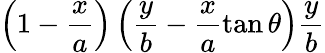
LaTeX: \displaystyle\left(1-\frac{x}{a}\right)\left(\frac{y}{b}-\frac{x}{a}\tan\theta\right)\frac{y}{b}